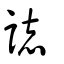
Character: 誌